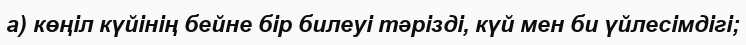
а) көңіл күйінің бейне бір билеуі тәрізді, күй мен би үйлесімдігі;